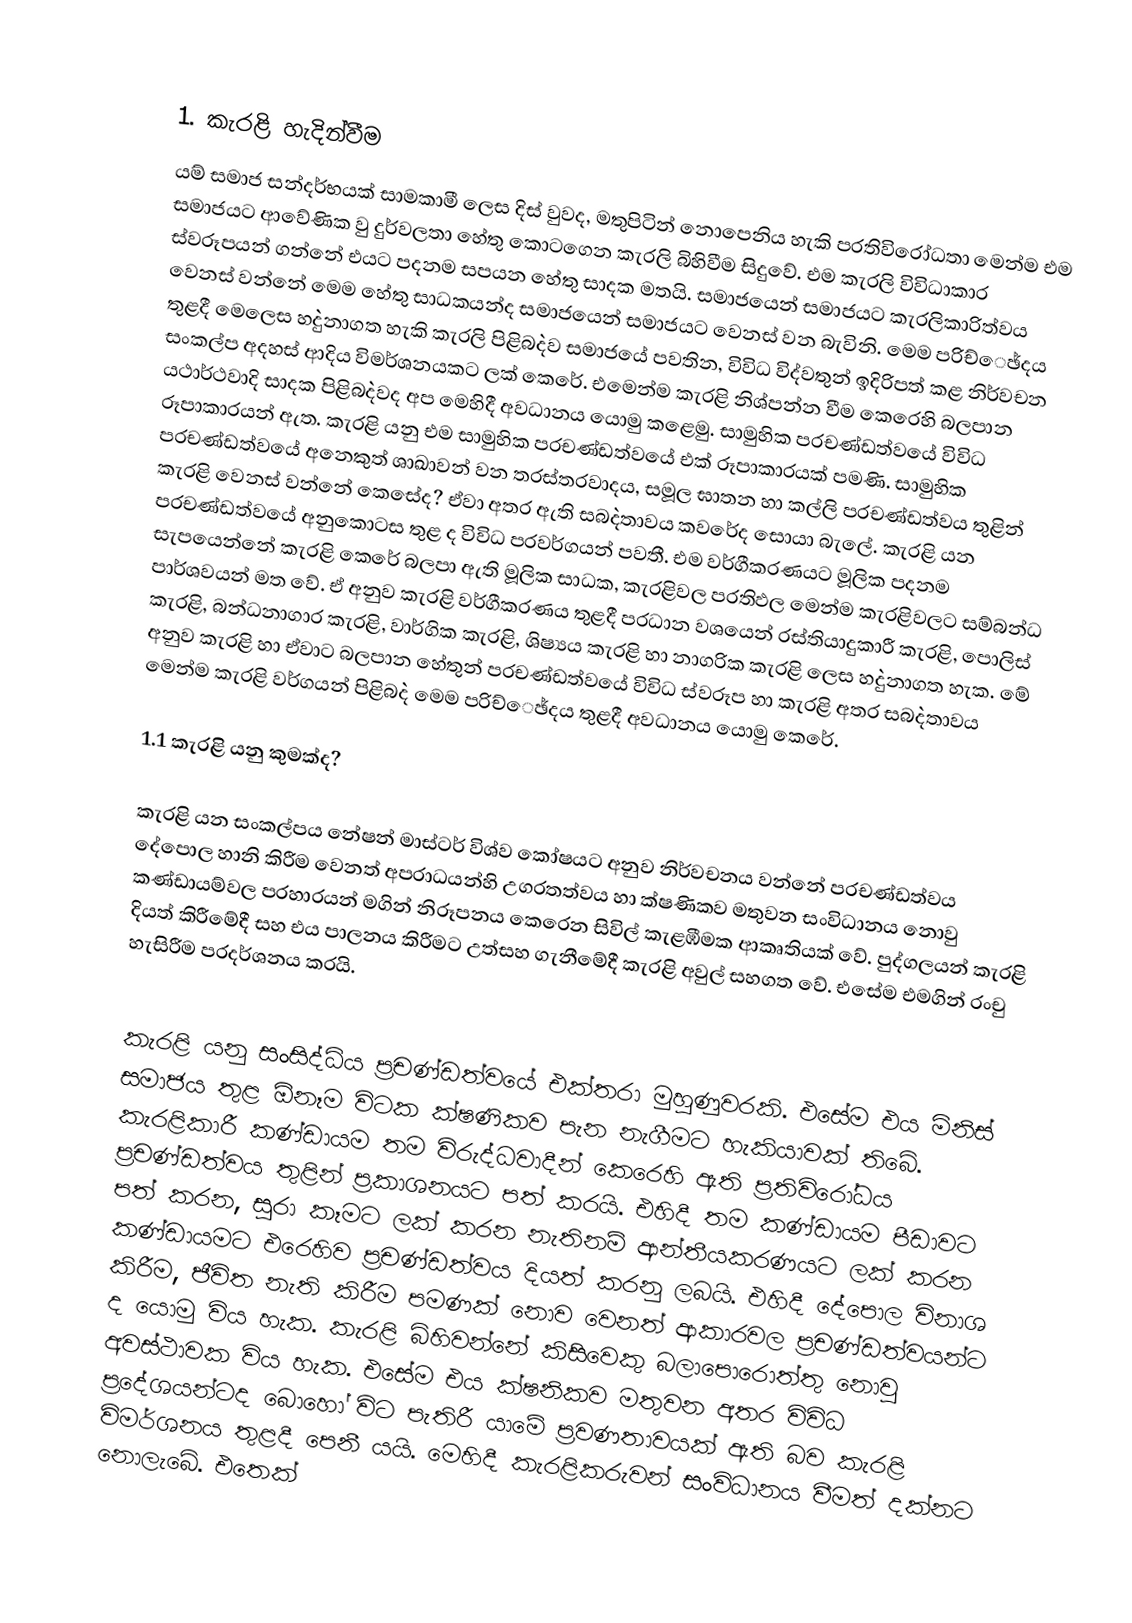

1. කැරළි හැදින්වීම
යම් සමාජ සන්දර්භයක් සාමකාමී ලෙස දිස් වුවද, මතුපිටින් නොපෙනිය හැකි ප‍්‍රතිවිරෝධතා මෙන්ම එම සමාජයට ආවේණික වු දුර්වලතා හේතු කොටගෙන කැරලි බිහිවීම සිදුවේ. එම කැරලි විවිධාකාර ස්වරූපයන් ගන්නේ එයට පදනම සපයන හේතු සාදක මතයි. සමාජයෙන් සමාජයට කැරලිකාරිත්වය වෙනස් වන්නේ මෙම හේතු සාධකයන්ද සමාජයෙන් සමාජයට වෙනස් වන බැවිනි. මෙම පරිච්ෙඡ්දය තුළදී මෙලෙස හ`දුනාගත හැකි කැරලි පිළිබ`දව සමාජයේ පවතින, විවිධ විද්වතුන් ඉදිරිපත් කළ නිර්වචන සංකල්ප අදහස් ආදිය විමර්ශනයකට ලක් කෙරේ. එමෙන්ම කැරළි නිශ්පන්න වීම කෙරෙහි බලපාන යථාර්ථවාදි සාදක පිළිබ`දවද අප මෙහිදී අවධානය යොමු කළෙමු. සාමුහික ප‍්‍රචණ්ඩත්වයේ විවිධ රූපාකාරයන් ඇත. කැරළි යනු එම සාමුහික ප‍්‍රචණ්ඩත්වයේ  එක් රූපාකාරයක් පමණි. සාමුහික ප‍්‍රචණ්ඩත්වයේ අනෙකුත් ශාඛාවන් වන ත‍්‍රස්ත‍්‍රවාදය, සමූල ඝාතන හා කල්ලි ප‍්‍රචණ්ඩත්වය තුළින් කැරළි වෙනස් වන්නේ කෙසේද? ඒවා අතර ඇති සබ`දතාවය කවරේද සොයා බැලේ. කැරළි යන ප‍්‍රචණ්ඩත්වයේ අනුකොටස තුළ ද විවිධ ප‍්‍රවර්ගයන් පවතී. එම වර්ගීකරණයට මූලික පදනම සැපයෙන්නේ කැරළි කෙරේ බලපා ඇති මූලික සාධක, කැරළිවල ප‍්‍රතිඵල මෙන්ම කැරළිවලට සම්බන්ධ පාර්ශවයන් මත වේ. ඒ අනුව කැරළි වර්ගීකරණය තුළදී ප‍්‍රධාන වශයෙන් රස්තියාදුකාරී කැරළි, පොලිස් කැරළි, බන්ධනාගාර කැරළි, වාර්ගික කැරළි, ශිෂ්‍යය කැරළි හා නාගරික කැරළි ලෙස හ`දුනාගත හැක. මේ අනුව කැරළි හා ඒවාට බලපාන හේතුන් ප‍්‍රචණ්ඩත්වයේ විවිධ ස්වරූප හා කැරළි අතර සබ`දතාවය මෙන්ම කැරළි වර්ගයන් පිළිබ`ද මෙම පරිච්ෙඡ්දය තුළදී අවධානය යොමු කෙරේ.

1.1	කැරළි යනු කුමක්ද?

කැරළි යන සංකල්පය නේෂන් මාස්ටර් විශ්ව කෝෂයට අනුව නිර්වචනය වන්නේ ප‍්‍රචණ්ඩත්වය දේපොල හානි කිරීම වෙනත් අපරාධයන්හි උග‍්‍රතත්වය හා ක්ෂණිකව මතුවන සංවිධානය නොවු කණ්ඩායම්වල ප‍්‍රහාරයන් මගින් නිරූපනය කෙරෙන සිවිල් කැළඹීමක ආකෘතියක් වේ. පුද්ගලයන් කැරළි දියත් කිරීමේදී සහ එය පාලනය කිරීමට උත්සහ ගැනීමේදී කැරළි අවුල් සහගත වේ. එසේම එමගින් රංචු හැසිරීම ප‍්‍රදර්ශනය කරයි.

කැරළි යනු සංසිද්ධිය ප‍්‍රචණ්ඩත්වයේ එක්තරා මුහුණුවරකි. එසේම එය මිනිස් සමාජය තුළ  ඕනෑම විටක ක්ෂණිකව පැන නැගීමට හැකියාවක් තිබේ. කැරළිකාරී කණ්ඩායම තම විරුද්ධවාදීන් කෙරෙහි ඇති ප‍්‍රතිවිරෝධය ප‍්‍රචණ්ඩත්වය තුළින් ප‍්‍රකාශනයට පත් කරයි. එහිදී තම කණ්ඩායම පීඩාවට පත් කරන, සුරා කෑමට ලක් කරන නැතිනම් ආන්තීයකරණයට ලක් කරන කණ්ඩායමට එරෙහිව ප‍්‍රචණ්ඩත්වය දියත් කරනු ලබයි. එහිදී දේපොල විනාශ කිරීම, ජීවිත නැති කිරීම පමණක් නොව වෙනත් ආකාරවල ප‍්‍රචණ්ඩත්වයන්ට ද යොමු විය හැක. කැරළි බිහිවන්නේ කිසිවෙකු බලාපොරොත්තු නොවු අවස්ථාවක විය හැක. එසේම එය ක්ෂනිකව මතුවන අතර විවිධ ප‍්‍රදේශයන්ටද බොහෝ විට පැතිරී යාමේ ප‍්‍රවණතාවයක් ඇති බව කැරළි විමර්ශනය තුළදී පෙනී යයි. මෙහිදී කැරළිකරුවන් සංවිධානය වීමත් දක්නට නොලැබේ. එතෙක්